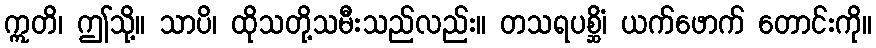
ဣတိ၊ ဤသို့။ သာပိ၊ ထိုသတို့သမီးသည်လည်း။ တသရပစ္ဆိံ၊ ယက်ဖောက် တောင်းကို။